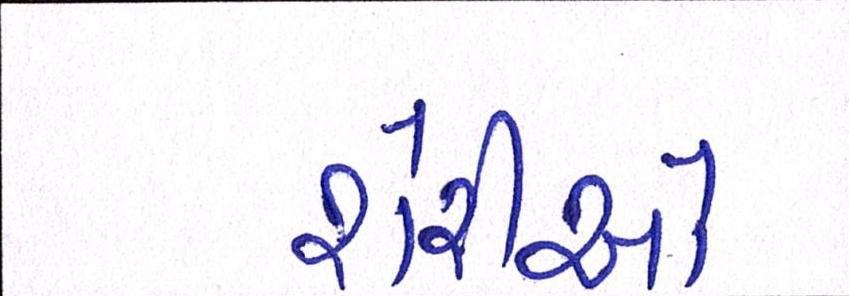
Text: શેરીઓ